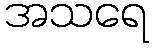
အသရေ